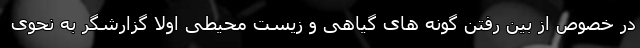
در خصوص از بین رفتن گونه های گیاهی و زیست محیطی اولاً گزارشگر به نحوی